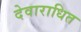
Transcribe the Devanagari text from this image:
देवाराधित